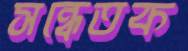
সন্ধেতক